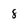
Character: 8